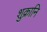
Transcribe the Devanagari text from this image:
शुक्रानि